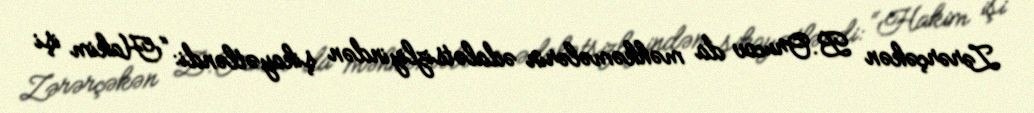
Zərərçəkən B.Orucov da məhkəmələrin ədalətsizliyindən şikayətləndi: “Hakim işi